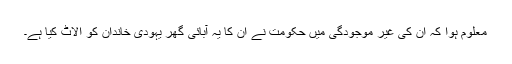
معلوم ہوا کہ ان کی غیر موجودگی میں حکومت نے ان کا یہ آبائی گھر یہودی خاندان کو الاٹ کیا ہے۔